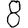
Digit: 8